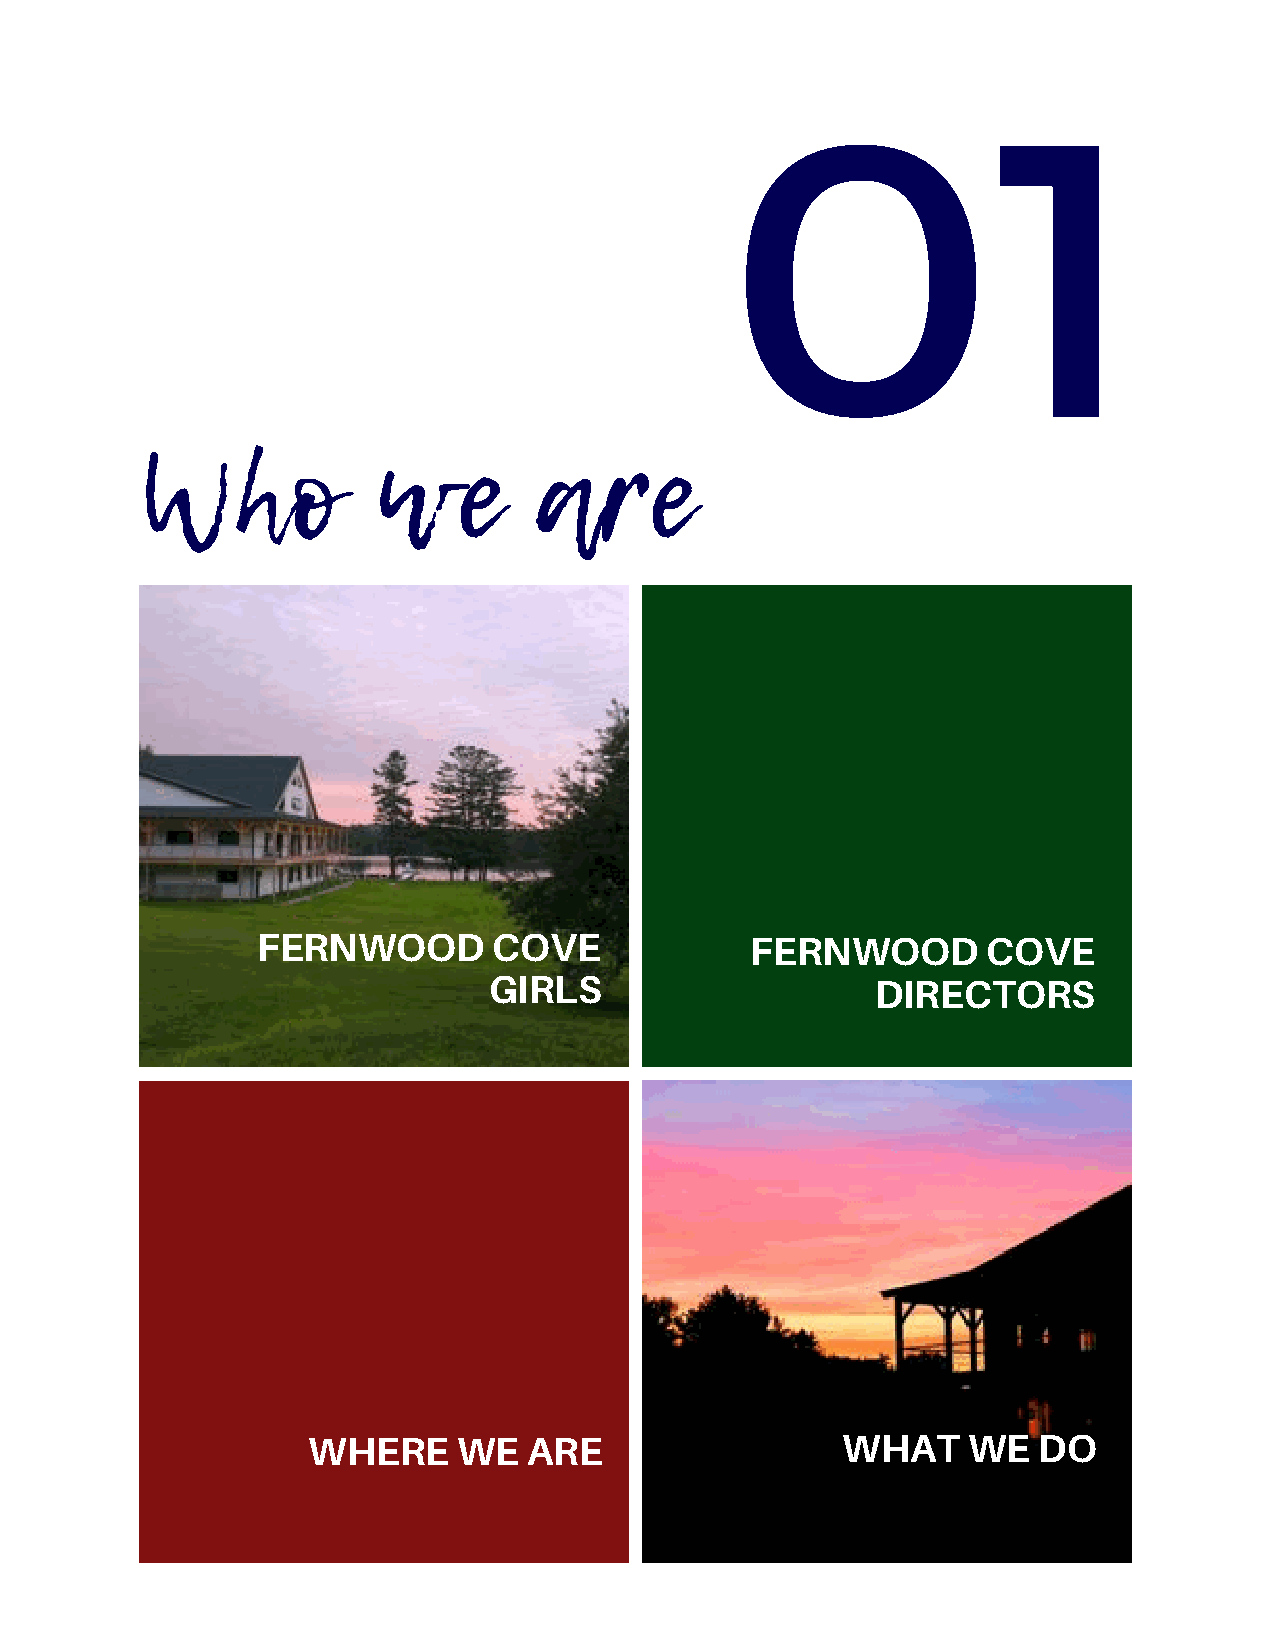
01
 Who             we        are
 FERNWOOD        COVE             FERNWOOD       COVE
 GIRLS                     DIRECTORS
 WHERE     WE   ARE                  WHAT    WE   DO